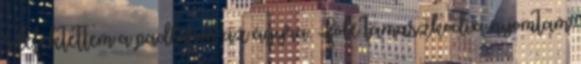
s lefektettem a padláson az ágyra. Fölé támaszkodva nyomtam